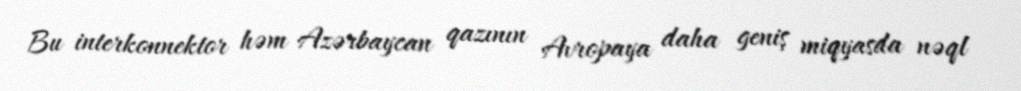
Bu interkonnektor həm Azərbaycan qazının Avropaya daha geniş miqyasda nəql